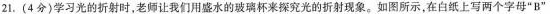
21.(4分)学习光的折射时，老师让我们用盛水的玻璃杯来探究光的折射现象。如图所示，在白纸上写两个字母”B”